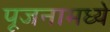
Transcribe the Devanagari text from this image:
पूजनामध्ये